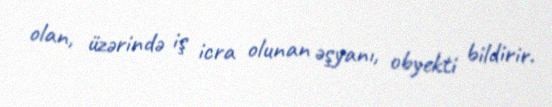
olan, üzərində iş icra olunan əşyanı, obyekti bildirir.